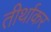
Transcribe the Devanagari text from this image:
तीर्थाकर